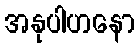
အနုပါဟနော